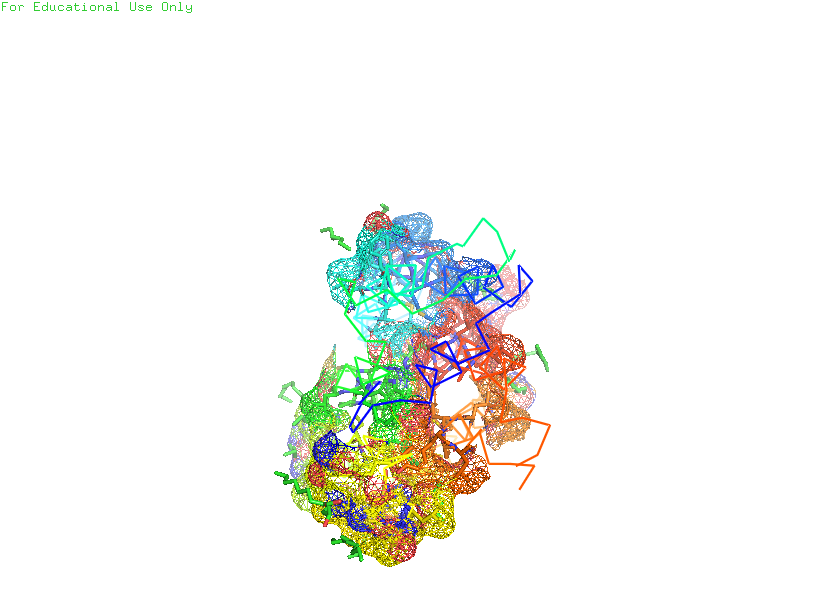
pymol, preset, ligand_sites_mesh